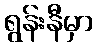
ရွန်းနီမှာ